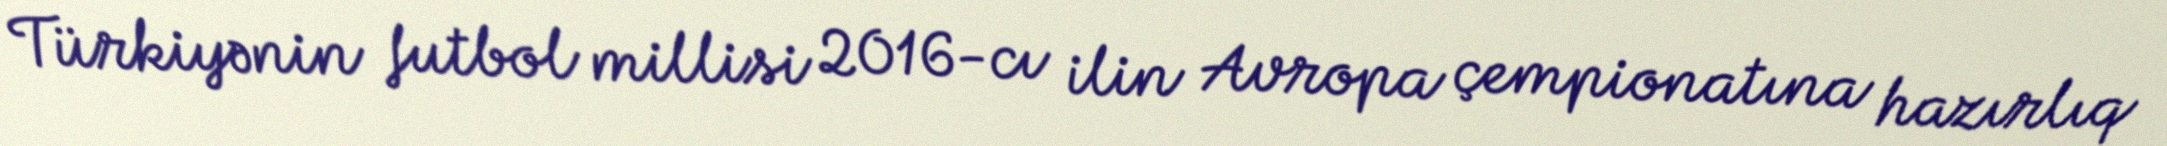
Türkiyənin futbol millisi 2016-cı ilin Avropa çempionatına hazırlıq